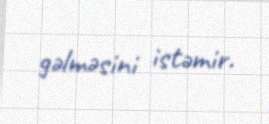
gəlməsini istəmir.